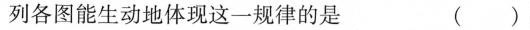
列各图能生动地体现这一规律的是 ( )